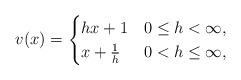
LaTeX: \begin{align*}v(x)=\begin{cases}hx+1&0\leq h<\infty, \\x+\frac{1}{h}&0<h\leq\infty, \end{cases}\end{align*}